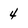
Character: 4